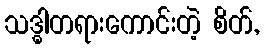
သဒ္ဓါတရားကောင်းတဲ့ စိတ်,